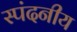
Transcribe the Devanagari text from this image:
स्पंदनीय